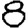
Digit: 8